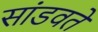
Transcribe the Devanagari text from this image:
सांडवते